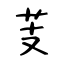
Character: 芰